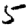
Digit: 5